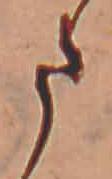
ま